Vital statistics of India. Vol. VI, European troops 1870-79
Year: 1870
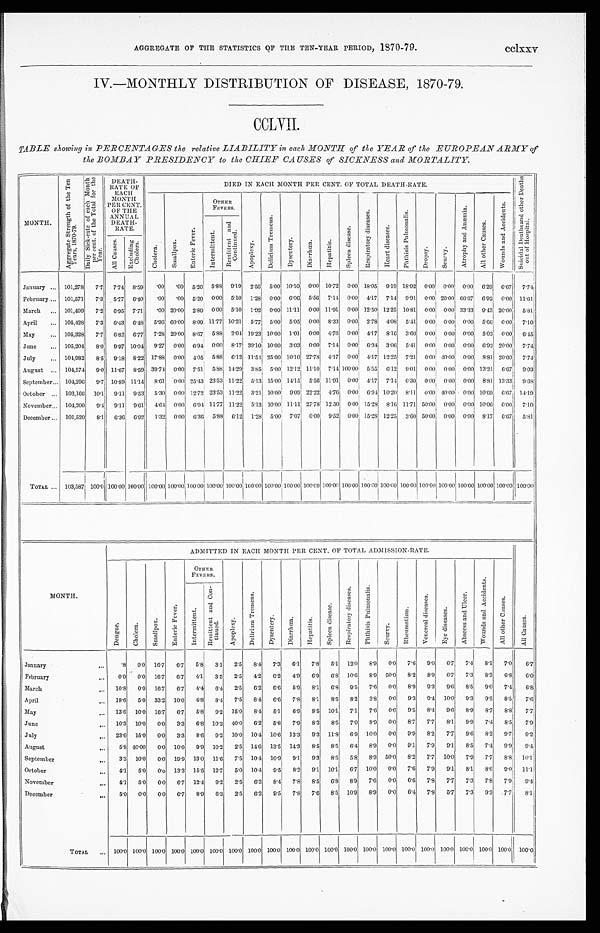
AGGREGATE OF THE STATISTICS OF THE TEN-YEAR PERIOD, 1870-79.
cclxxv
IV.—MONTHLY DISTRIBUTION OF DISEASE, 1870-79.
CCLVII.
TABLE showing PERCENTAGES the relative LIABILITY in each MONTH of the YEAR of the EUROPEAN ARMY of
the BOMBAY PRESIDENCY to the CHIEF CAUSES of SICKNESS and MORTALITY.
MONTH.
A g g r e g a t e S t r e n g t h o f t h e T e n Y e a r s , 1 8 7 0 - 7 9 .
D a i l y S i c k - r a t e o f e a c h M o n t h p e r c e n t . o f t h e T o t a l f o r t h e Y e a r .
DEATH-
RATE OF
EACH
MONTH
PER CENT.
OF THE
ANNUAL
DEATH-
RATE.
DIED IN EACH MONTH PER CENT. OF TOTAL DEATH-RATE.
S u i c i d a l D e a t h s a n d o t h e r D e a t h s o u t o f H o s p i t a l .
C h o l e r a .
S m a l l p o x .
E n t e r i c F e v e r .
OTHER
FEVERS.
A p o p l e x y .
D e l i r i u m T r e m e n s .
D y s e n t e r y .
D i a r r h œ a .
H e p a t i t i s .
S p l e e n d i s e a s e .
R e s p i r a t o r y d i s e a s e s .
H e a r t d i s e a s e s .
P h t h i s i s P u l m o n a l i s .
D r o p s y .
S c u r v y .
A t r o p h y a n d A n æ m i a .
A l l o t h e r C a u s e s .
W o u n d s a n d A c c i d e n t s .
I n t e r m i t t e n t .
Re mi t t e n t a n d Co n t i n u e d .
A l l C a u s e s .
Excl udi ng Chol er a.
January ...
101,278
7.7
7.74
8.59
.00
.00
5.20
5.88
9.19
2.56
5 . 0 0 10.10
0. 00
10.72
0.00 18.05
9.19 18.92
0.00
0.00
0.00
6.29
6.67
7 . 7 4
February ...
101,571
7.3 5.77
6.40
.00
.00
5.20
0.00
5.10
1.28
0.00
6.06
5.56
7. 14
0.00
4.17
7.14
9.91
0.00 20.00 60.67
6.92
0 . 0 0
1 1 - 6 1
March
...
101,499
7.2
6.95
7.71
.00 20.00
2.89
0.00
5 . 1 0
18.92
0.00 11.11
0.00 11.91
0.00 12.50 12.25
1 0 . 8 1
0.00
0.00 33.33
9. 43 20.00
5.81
April
...
105,428
7.3
6.43
6.48
5.96 60.00
8.09 11.77 10.21
5.77
5.00
5.05
0.00
8. 33
0.00
2.78
4.08
5.41
0.001
000
0.00
5.66
0.00
7.10
May
...
105,328
7.7
6.82
6.77
7.28 20.00
8.67
5.88
2 . 0 4 19.231 10.00
1.01
0.00
4.76
0.00
4.17
8.16
3.60
0.00
0 . 0 0 0.00
5.03
0 . 0 0
6.45
June
...
105,204
8 . 0
9.97
1 0 . 0 4
9.27
0.00 6.94
0.00
8.17
39.10 10.00
3.03
0.0
7.14
0.001
6.94
3.06
5 . 4 1
0.00
0.00
0.00
6.92
2 0 . 0 0
7.74
July
...
101,982
8.5
9.18
8.22
17.88
0.00
4 . 0 5 5.88
6 . 1 2 1P511 25.00 10.10 27.78
4.17
0.00
4.17 12.25
7.21
0.00
4 0 . 0 0 0.00
8.81 20.00
7.74
August
...
104,574
9.0
11.67
8 . 5 9 39.74
0.00
7.51
5.88 14.29
3.85
5.00
1 2 . 1 2 11.10
7. 14 100.00
5.55
6.12
9 . 0 1
0.00
0001
0.00 13.21
6.671
9.03
September...
104,296
9 . 7
10.89
1 1 . 1 4
8.61
0.00 25.43 23.53 11.22
5.13 15.00 14.15
5.56 11.91
0.00
4.17
7.14 6.30
0.00
0.00
0.00
8.81 13.33
9.68
October ...
103,166
10.1
9.11
9.53
5.30
0.00 12.72 23.53 11.22
3.21 10.00
9.09 22.22
4. 76
0.00
6.94 10.20
8.11
0.00 40.00
0.00 10.69
6.67
14.19
November...
104,200
9.4
9.11
9.61
4.64
0.00
6.94 11.77 11.22
5.13 10.00 11.11 27.78 12.50
0.00 15.28
8.16 11.71 50.00
0.00
0.00 10.06
0.00
7.10
December ...
101,520
8.1
6.36
6.92
1.32
0.00
6.36.
5.88
6.12
1.28
5.00
7.07
0.00
9.52
0.00
15.28 12.25
3.60
5 0 . 0 0 0.00
0.00
8.17
6.67
5.81
TOTAL ...
103,587 100.0 100.00 100.00 100.00 100.00 100.00 100.00
1 0 0 . 0 0
100.00
100.00 100.00 100.00 100.00 100.00 100.00 100.00 100.00 100.00 100.00 100.00 100.00 100.00 100.00
MONTH.
ADMITTED IN EACH MONTH PER CENT. OF TOTAL ADMISSION-RATE.
A l l C a u s e s .
D e n g u e .
C h o l e r a .
S m a l l p o x .
E n t e r i c F e v e r .
OTHER
FEVERS.
A p o p l e x y .
D e l i r i u m T r e m e n s .
D y s e n t e r y .
D i a r r h œ a .
H e p a t i t i s .
S p l e e n d i s e a s e .
R e s p i r a t o r y d i s e a s e s .
P h t h i s i s P u l m o n a l i s .
S c u r v y .
R h e u m a t i s m .
V e n e r e a l d i s e a s e s .
E y e d i s e a s e s .
A b s c e s s a n d U l c e r .
Wo u n d s a n d Ac c i d e n t s .
A l l o t h e r C a u s e s .
I n t e r m i t t e n t .
R e m i t t e n t a n d C o n - t i n u e d .
January
. . .
.8
0 . 0 16.7
6.7
5.8
3.1
2.5
8.4
7.3
6.1
7.8
5.1
12.0
8.9
0.0
7.6
9.0
6.7
7.4
8.1
7.0
6.7
February
. . .
0.0
0.0
16.7
6.7
4.1
3.5
2.5
4.2
6.2
4.9
6.9
6.8
10.6
8.9
50.0
8.2
8.9
6.7
7.3
8.3
6.8
6.0
March
. . .
10.8
0.0
16.7
6.7
4 . 4
6.4
2.5
6.2
6.6
5.9
8.1
6.8
9.5
7.6
0.0
8.9
9.3
9.6
8.5
9.0
7.4
6.8
April
. . .
1 8 . 6
5.0
33.2
10.0
4.8
8.4
7.5
8.4
6.6
7.8
8.1
8.5
8.2
3.8
0 . 0
9.3
9.4
10.0
9.3
9.5
8.5
7.6
May
. . .
1 3 . 6
10.0
16.7
6.7
5.8
9.2
15.0
8.4
5.1
6.9
8.5
10.1
7.1
7.6
0.0
9.5
8.4
9.6
8.9
8.7
8.8
7.7
June
. . .
10.3
10.0
0 . 0
3.3
6.8
10.2
40.0
6.2
5.8
7.9
8.3
8.5
7.0
8 . 9
0.0
8.7
7.7
8.1
9.9
7.4
8.5
7.9
July
. . .
2 3 . 6
1 5 . 0
0.0
3.3
8.6
9.2
10.0
10.4
10.6
13.3
9.3
11.8
6.9
10.0
0.0
9.9
8.2
7.7
9.6
8.2
9.7
9.2
August
. . .
5 . 8 40.00
0.0
10.0
9.9
10.2
2.5
1.46
13.5
14.3
8.5
8.5
6.4
8.9
0.0
9.1
7.9
9.1
8.5
7.4
9.9
9.4
September
. . .
3.3
10.0
0.0
19.9
13.0
11.6
7.5
10.4
10.9
9.1
9.3
8.5
5.8
8.9
50.0
8.2
7.7
10.0
7.9
7.7
8.8
10.1
October
. . .
4.1
5.0
0 . 0 13.3 15.5
12.7
5.0
10.4
9.5
8.2
9.1
101
6.7
10.0
0.0
7.6
7.9
9.1
8.1
8.6
9.0
11.1
November
. . .
4.1
5.0
0.0
6.7
12.4
9.2
2.5
6.2
8.4
7.8
8.5
6.8
8.9
7-6
0.0
6.6
7.8
7.7
7.3
7.8
7.9
9.4
December
TOTAL
. . .
5.0
0.0
0.0
6.7
8.9
6.3
2.5
6.2
9.5
7.8
7.6
8.5
10.9
8.9
0.0
6.4
7.8
5.7
7.3
9.3
7.7
8 . 1
. . . 100.0 100.0 100.0 100.0 100.0 100.0 100.0 100.0 100.0 100.0 100.0 100.0 100.0 100.0 100.0 100.0 100.0 100.0 100.0 100.0 100.0
100.0